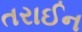
તરાઈન